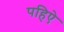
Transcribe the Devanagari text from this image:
पहिऐ